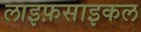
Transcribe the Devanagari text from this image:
लाइफ़साइकल